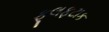
ફૂલફટાક